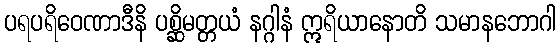
ပရပရိဝေဏာဒီနိ ပစ္ဆိမတ္တယံ နဂ္ဂါနံ ဣရိယာနောတိ သမာနဘောဂါ